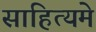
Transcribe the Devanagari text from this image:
साहित्यमे